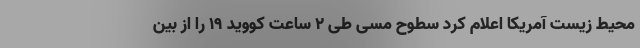
محیط زیست آمریکا اعلام کرد سطوح مسی طی ۲ ساعت کووید ۱۹ را از بین